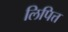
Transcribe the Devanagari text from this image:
लिपित्त